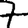
Digit: 7